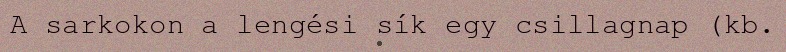
A sarkokon a lengési sík egy csillagnap (kb.